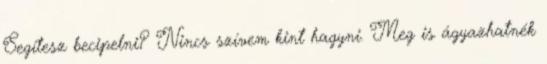
Segítesz becipelni? Nincs szívem kint hagyni. Meg is ágyazhatnék